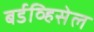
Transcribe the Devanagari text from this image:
बर्डव्हिसेल